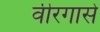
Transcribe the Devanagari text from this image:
वीरगासे